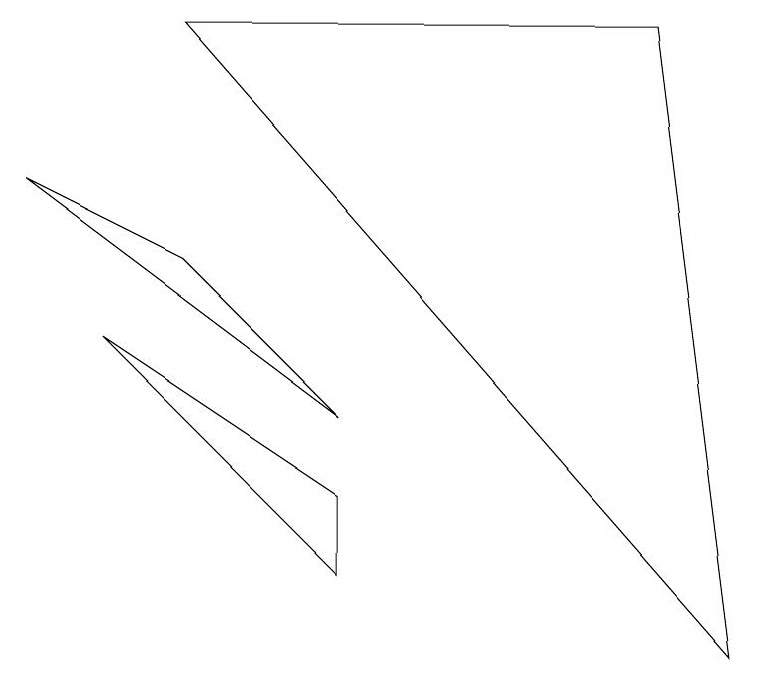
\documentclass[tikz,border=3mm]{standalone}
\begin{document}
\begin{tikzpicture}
\draw (2,5) -- (0,6) -- (4,3) -- cycle;
\draw (2,8) -- (8,8) -- (9,0) -- cycle;
\draw (4,1) -- (1,4) -- (4,2) -- cycle;
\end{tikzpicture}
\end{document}